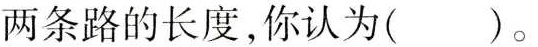
两条路的长度，你认为（）